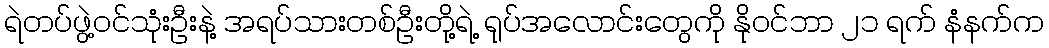
ရဲတပ်ဖွဲ့ဝင်သုံးဦးနဲ့ အရပ်သားတစ်ဦးတို့ရဲ့ ရုပ်အလောင်းတွေကို နိုဝင်ဘာ ၂၁ ရက် နံနက်က